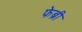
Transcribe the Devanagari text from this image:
फेब्री